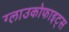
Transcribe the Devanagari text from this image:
ग्लाउकोफाइट्स